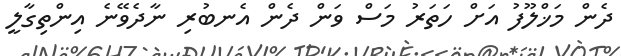
ދެން މަޚްލޫފު އަށް ހަތަރު މަސް ވަން ދެން އެނބުރި ނާދެވޭނެ އިންތިގާލީ